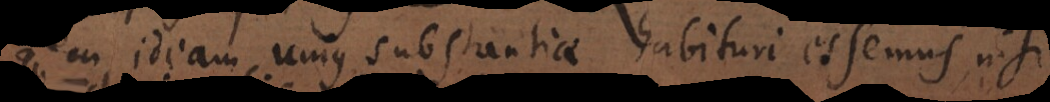
idem ideam unius substantiae habituri essemus, ni